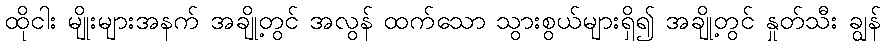
ထိုငါး မျိုးများအနက် အချို့တွင် အလွန် ထက်သော သွားစွယ်များရှိ၍ အချို့တွင် နှုတ်သီး ချွန်